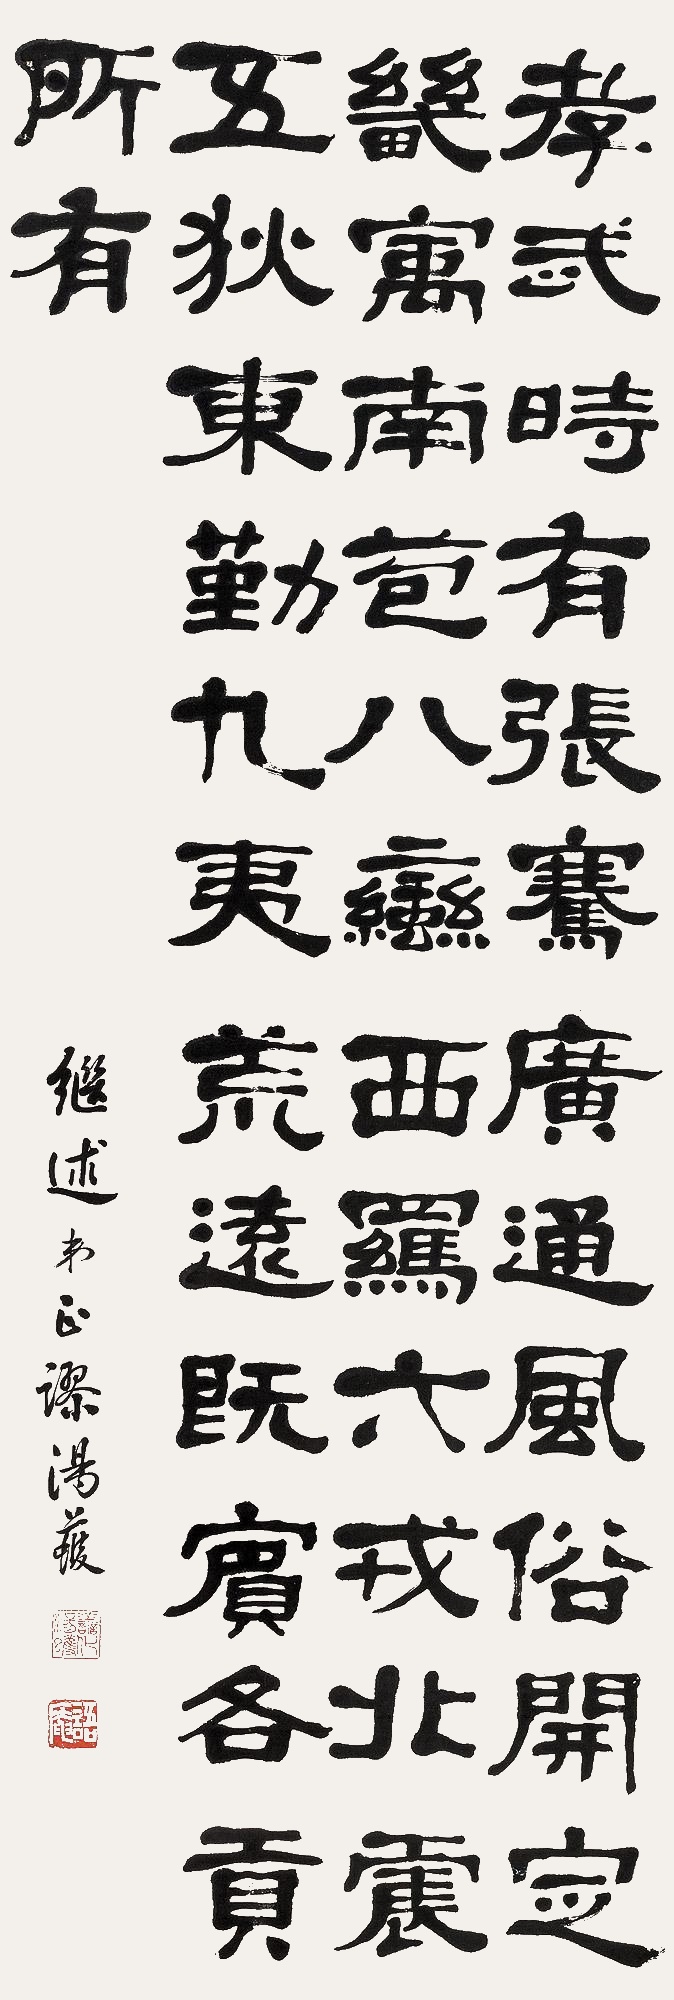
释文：孝武时有张骞，广通风俗，开定畿寓，南苞八蛮，西羁六戎，北震五狄，东勤九夷。荒远既宾，各贡所有。继述弟正谬，汤蠖。